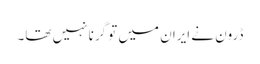
ڈرون نے ایران میں تو گرنا نہیں تھا۔